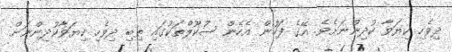
ދިވެހި ކިޔަވާ ކުދިންނަށެވެ. އޭގެ ފަހުން އެހެން ސުކޫލްތަކުގައި ތިބި ދިވެހި ކިޔަވާކުދިންނަށް